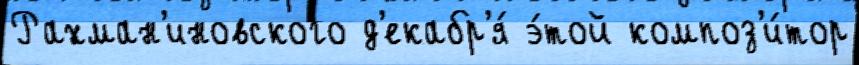
Рахман'иновского д'екабр'я́ э́той композ'и́тор